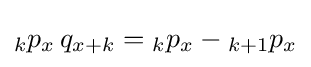
{}_{k}p_{x}\,q_{x+k}={}_{k}p_{x}-{}_{k+1}p_{x}